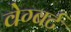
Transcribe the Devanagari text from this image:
वेग्बर्ट